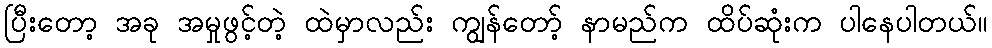
ပြီးတော့ အခု အမှုဖွင့်တဲ့ ထဲမှာလည်း ကျွန်တော့် နာမည်က ထိပ်ဆုံးက ပါနေပါတယ်။